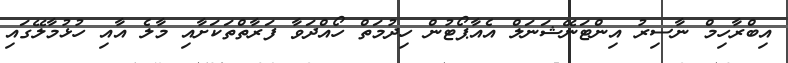
އިބްރާހިމް ނާސިރު އިންޓަނޭޝަނަލް އެއާޕޯޓުން ހިދުމަތް ހޯއްދަވާ ފަރާތްތަކަށާއި މާލެ އާއި ހުޅުމާލޭގައި